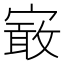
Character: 𡪯